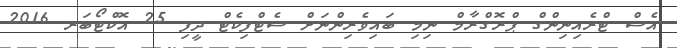
އެސް ޓްރެއިނިންގް ޕްރޮގްރާމް ނިމި ބައިވެރިންނަށް ސެޓްފިކެޓް ދީފި 25 އޮކްޓޯބަރ 2016